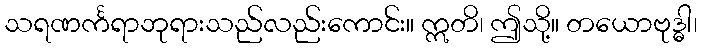
သရဏင်္ကရာဘုရားသည်လည်းကောင်း။ ဣတိ၊ ဤသို့။ တယောဗုဒ္ဓါ၊